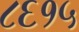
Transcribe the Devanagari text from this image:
८६१५